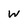
Character: W